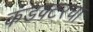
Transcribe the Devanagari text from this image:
कंडक्टरचा